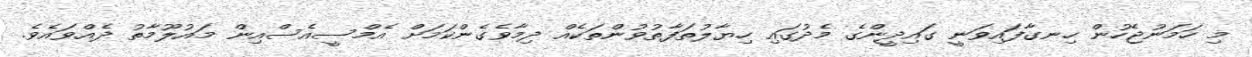
މި ހަމަނުޖެހުން ހިނގާފައިވަނީ ގައިދީންގެ މެދުގައި ހިޔާލުތަފާތުވުންތަކެއް ދިމާވެގެންކަމަށް އެމްސީއެސްއިން މައުލޫމާތު ދެއްވައެވެ.